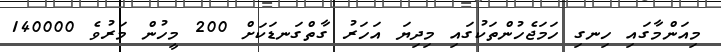
މިއަންމާގައި ހިނގި ހަމަޖެހުންތަކުގައި މިދިޔަ އަހަރު ގާތްގަނޑަކަށް 200 މީހުން މަރުވެ 140000